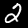
Digit: 2